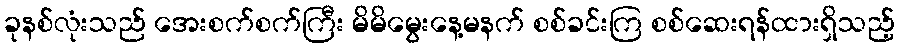
ခုနစ်လုံးသည် အေးစက်စက်ကြီး မိမိမွေးနေ့မနက် စစ်ခင်းကြ စစ်ဆေးရန်ထားရှိသည့်